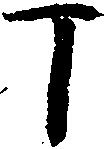
丁